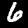
Label: 6